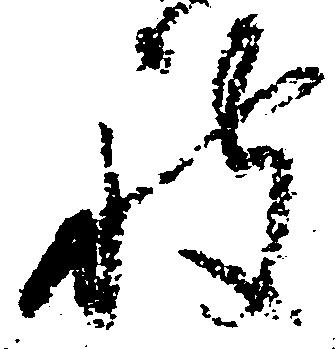
被